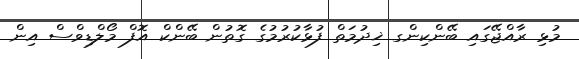
މުޅި ރާއްޖޭގައި ބޭންކިންގ ޚިދުމަތް ފުޅާކުރުމުގެ ގޮތުން ބޭންކް އޮފް މޯލްޑިވްސް އިން